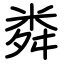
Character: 粦